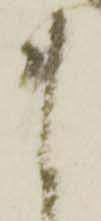
ま